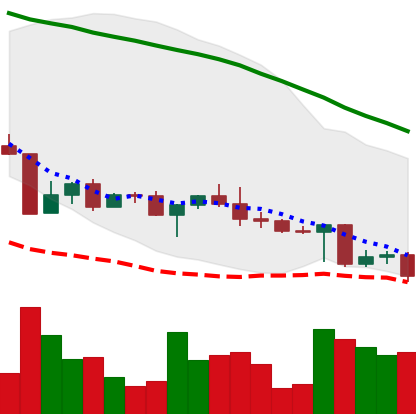
Ticker: ADA-USD
Chart end date: 2022-04-29
Forward return: 11.415%
Label: up_7plus